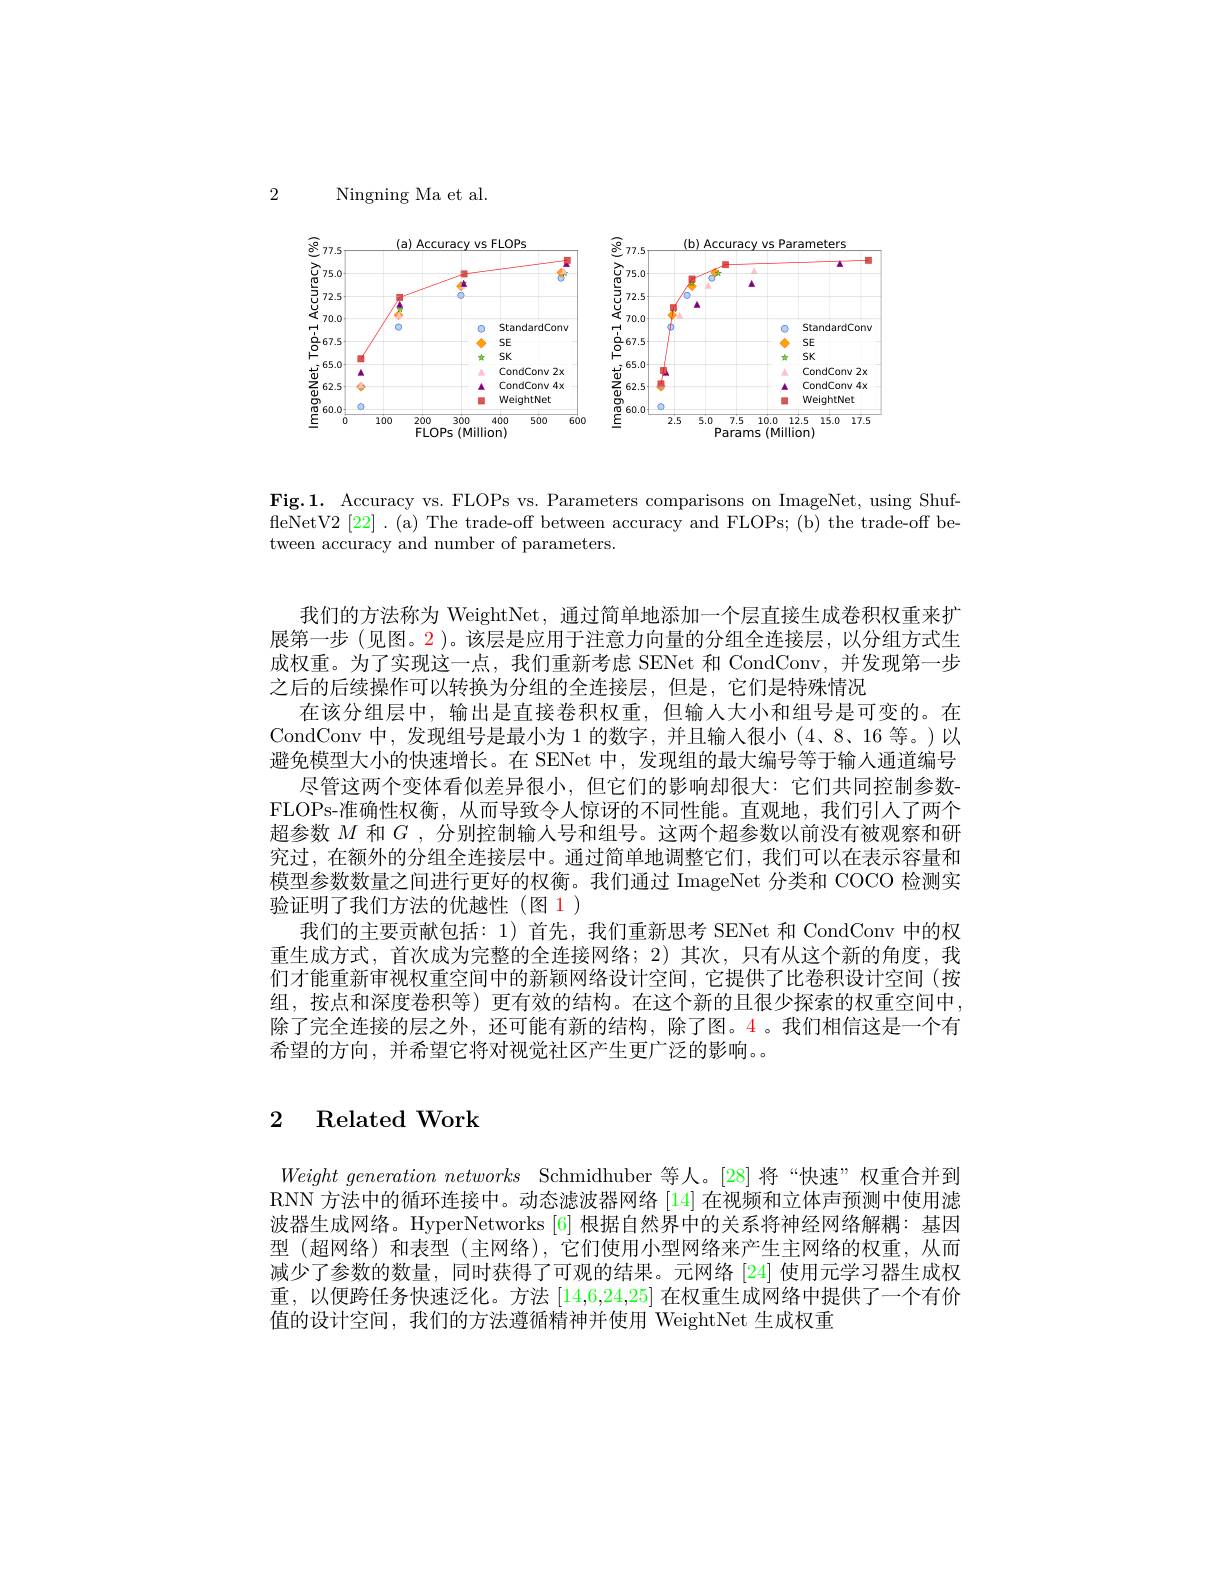
2

Ningning Ma et al.

<FigureHere>

Fig.1. Accuracy vs. FLOPs vs. Parameters comparisons on ImageNet, using ShuffleNetV2[22].(a) The trade-off between accuracy and FLOPs;(b) the trade-off between accuracy and number of parameters.

我们的方法称为 WeightNet, 通过简单地添加一个层直接生成卷积权重来扩展第一步 (见图。2)。该层是应用于注意力向量的分组全连接层，以分组方式生成权重。为了实现这一点，我们重新考虑 SENet 和 CondConv,并发现第一步之后的后续操作可以转换为分组的全连接层，但是，它们是特殊情况
在该分组层中，输出是直接卷积权重，但输入大小和组号是可变的。在CondConv 中，发现组号是最小为 1 的数字，并且输人很小(4、8、16 等。)以避免模型大小的快速增长。在 SENet 中，发现组的最大编号等于输人通道编号
尽管这两个变体看似差异很小，但它们的影响却很大：它们共同控制参数FLOPs-准确性权衡，从而导致令人惊讶的不同性能。直观地，我们引人了两个超参数$M$和$G$,分别控制输人号和组号。这两个超参数以前没有被观察和研究过，在额外的分组全连接层中。通过简单地调整它们，我们可以在表示容量和模型参数数量之间进行更好的权衡。我们通过 ImageNet 分类和 COCO 检测实验证明了我们方法的优越性(图 1)
我们的主要贡献包括：1) 首先，我们重新思考 SENet 和 CondConv 中的权重生成方式，首次成为完整的全连接网络；2)其次，只有从这个新的角度，我们才能重新审视权重空间中的新颖网络设计空间，它提供了比卷积设计空间(按组，按点和深度卷积等) 更有效的结构。在这个新的且很少探索的权重空间中， 除了完全连接的层之外，还可能有新的结构，除了图。4。我们相信这是一个有希望的方向，并希望它将对视觉社区产生更广泛的影响。。

# 2 Related Work

Weightgenerationnetworks Schmidhuber 等人。[28]将“快速”权重合并到RNN 方法中的循环连接中。动态滤波器网络[14]在视频和立体声预测中使用滤波器生成网络。HyperNetworks[6] 根据自然界中的关系将神经网络解耦：基因型 (超网络)和表型 (主网络),它们使用小型网络来产生主网络的权重，从而减少了参数的数量，同时获得了可观的结果。元网络[24]使用元学习器生成权重，以便跨任务快速泛化。方法[14,6,24,25]在权重生成网络中提供了一个有价值的设计空间，我们的方法遵循精神并使用 WeightNet 生成权重